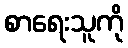
စာရေးသူကို